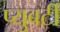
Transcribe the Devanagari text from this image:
प्युबर्टी